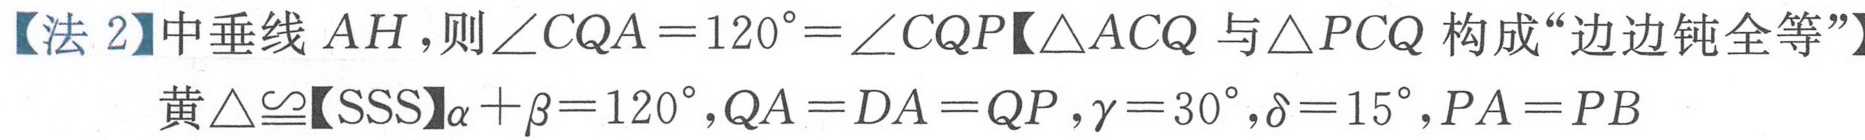
【法 2】中垂线 \(AH\)，则 \(\angle CQA = 120^{\circ}=\angle CQP\)【\(\triangle ACQ\) 与 \(\triangle PCQ\) 构成“边边钝全等”】
黄 \(\triangle\cong\)【\(SSS\)】\(\alpha+\beta = 120^{\circ},QA = DA = QP,\gamma = 30^{\circ},\delta = 15^{\circ},PA = PB\)